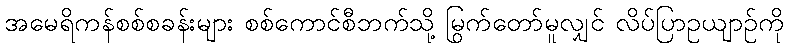
အမေရိကန်စစ်စခန်းများ စစ်ကောင်စီဘက်သို့ မြွက်တော်မူလျှင် လိပ်ပြာဥယျာဉ်ကို